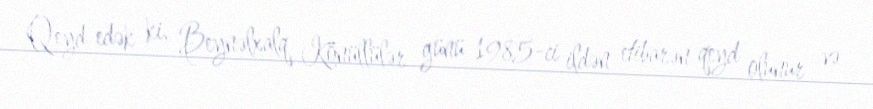
Qeyd edək ki, Beynəlxalq Könüllülər günü 1985-ci ildən etibarən qeyd olunur və